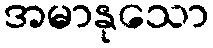
အမာနုသော